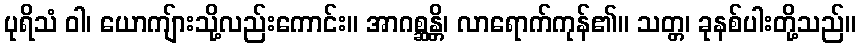
ပုရိသံ ဝါ၊ ယောကျ်ားသို့လည်းကောင်း။ အာဂစ္ဆန္တိ၊ လာရောက်ကုန်၏။ သတ္တ၊ ခုနစ်ပါးတို့သည်။